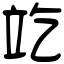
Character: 䇄